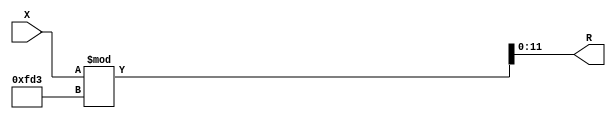
module x_200_mod_4051_reg(
    input [200:1] X,
    output [12:1] R
    );


assign R = X % 4051;

endmodule